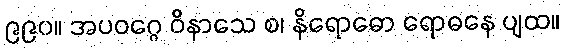
၉၉၀။ အပဝဂ္ဂေ ဝိနာသေ စ၊ နိရောဓော ရောဓနေ ပျထ။